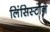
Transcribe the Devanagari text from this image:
लिंसिस्टोन